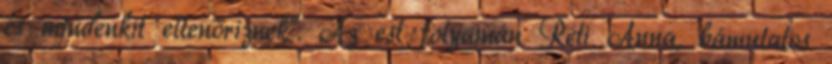
és mindenkit ellenőriznek". Az est folyamán Réti Anna, bámulatos